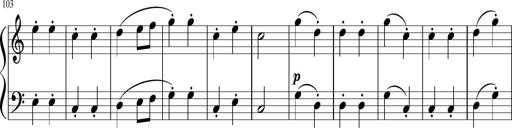
Title: 6 Instructive Sonatinas
Composer: Jacob Schmitt